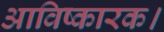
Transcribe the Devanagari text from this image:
आविष्कारक।